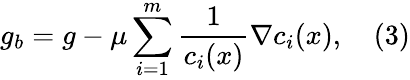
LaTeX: g_{b}=g-\mu\sum_{i=1}^{m}{\frac{1}{c_{i}(x)}}\nabla c_{i}(x),\quad(3)